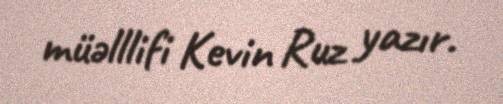
müəlllifi Kevin Ruz yazır.